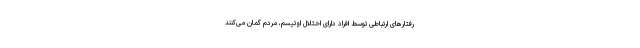
رفتارهای ارتباطی توسط افراد دارای اختلال اوتیسم، مردم گمان می‌کنند